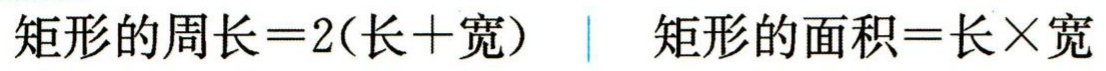
矩形的周长\(=2(长 + 宽)\)  矩形的面积\(=长\times宽\)